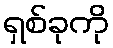
ရှစ်ခုကို